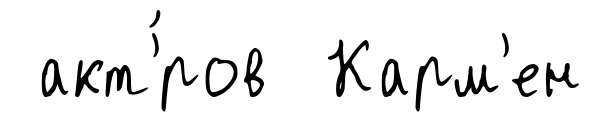
акт'́ров Карм'ен